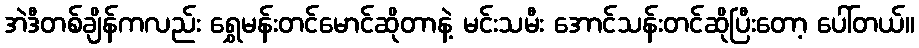
အဲဒီတစ်ချိန်ကလည်း ရွှေမန်းတင်မောင်ဆိုတာနဲ့ မင်းသမီး အောင်သန်းတင်ဆိုပြီးတော့ ပေါ်တယ်။